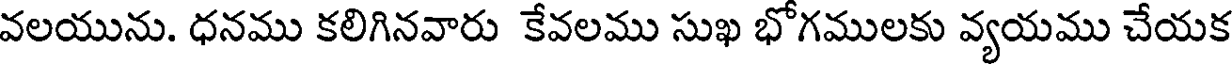
వలయును. ధనము కలిగినవారు కేవలము సుఖ భోగములకు వ్యయము చేయక